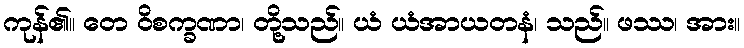
ကုန်၏။ တေ ဝိစက္ခဏာ၊ တို့သည်။ ယံ ယံအာယတနံ၊ သည်။ ဖဿ၊ အား။